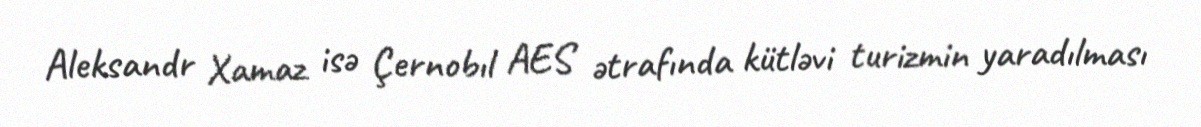
Aleksandr Xamaz isə Çernobıl AES ətrafında kütləvi turizmin yaradılması